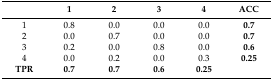
<table><thead><tr><td></td><td><b>1</b></td><td><b>2</b></td><td><b>3</b></td><td><b>4</b></td><td><b>ACC</b></td></tr></thead><tbody><tr><td>1</td><td>0.8</td><td>0.0</td><td>0.0</td><td>0.0</td><td><b>0.7</b></td></tr><tr><td>2</td><td>0.0</td><td>0.7</td><td>0.0</td><td>0.0</td><td><b>0.7</b></td></tr><tr><td>3</td><td>0.2</td><td>0.0</td><td>0.8</td><td>0.0</td><td><b>0.6</b></td></tr><tr><td>4</td><td>0.0</td><td>0.2</td><td>0.0</td><td>0.3</td><td><b>0.25</b></td></tr><tr><td><b>TPR</b></td><td><b>0.7</b></td><td><b>0.7</b></td><td><b>0.6</b></td><td><b>0.25</b></td><td></td></tr></tbody></table>